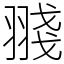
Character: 䎒